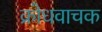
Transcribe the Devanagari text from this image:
क्रोधवाचक